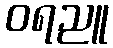
ဝရညူ